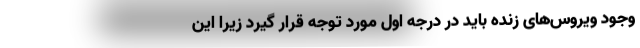
وجود ویروس‌های زنده باید در درجه اول مورد توجه قرار گیرد زیرا این